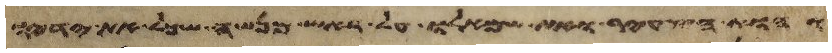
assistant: והוא הצעיר ואת שמאלו על ראש מנשה שכל את ידיו